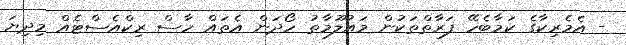
- އެމެރިކާގެ ކަމާބެހޭ ފަރާތްތަކުން މައުލޫމާތު ހޯދަން އެތައް ހާސް ރިކްއެސްޓެއް މިދިޔަ